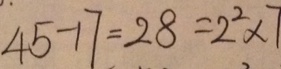
4 5 - 1 7 = 2 8 = 2 ^ { 2 } \times 7